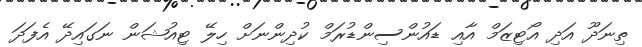
ތިނަދޫ އަދި އޯޓިޒަމް އާއި ޑައުންސިންޑުރަމް ކުދިންނަށް ހިލޭ ޓިއުޝަން ނަގައިދޭ އެފަދަ